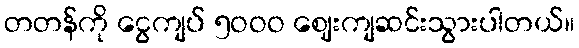
တတန်ကို ငွေကျပ် ၅ဝဝဝ ဈေးကျဆင်းသွားပါတယ်။